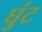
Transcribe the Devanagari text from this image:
घुंट